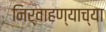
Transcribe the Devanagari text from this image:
निर्वाहण्याच्या